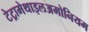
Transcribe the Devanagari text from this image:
टेट्रामेथाइलअमोनियम